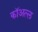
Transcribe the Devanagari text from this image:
कॉअत्ल